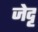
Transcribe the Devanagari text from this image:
जेदृ